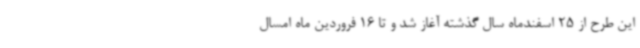
این طرح از 25 اسفندماه سال گذشته آغاز شد و تا 16 فروردین ماه امسال